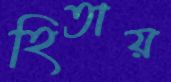
হিতায়